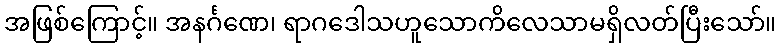
အဖြစ်ကြောင့်။ အနင်္ဂဏေ၊ ရာဂဒေါသဟူသောကိလေသာမရှိလတ်ပြီးသော်။